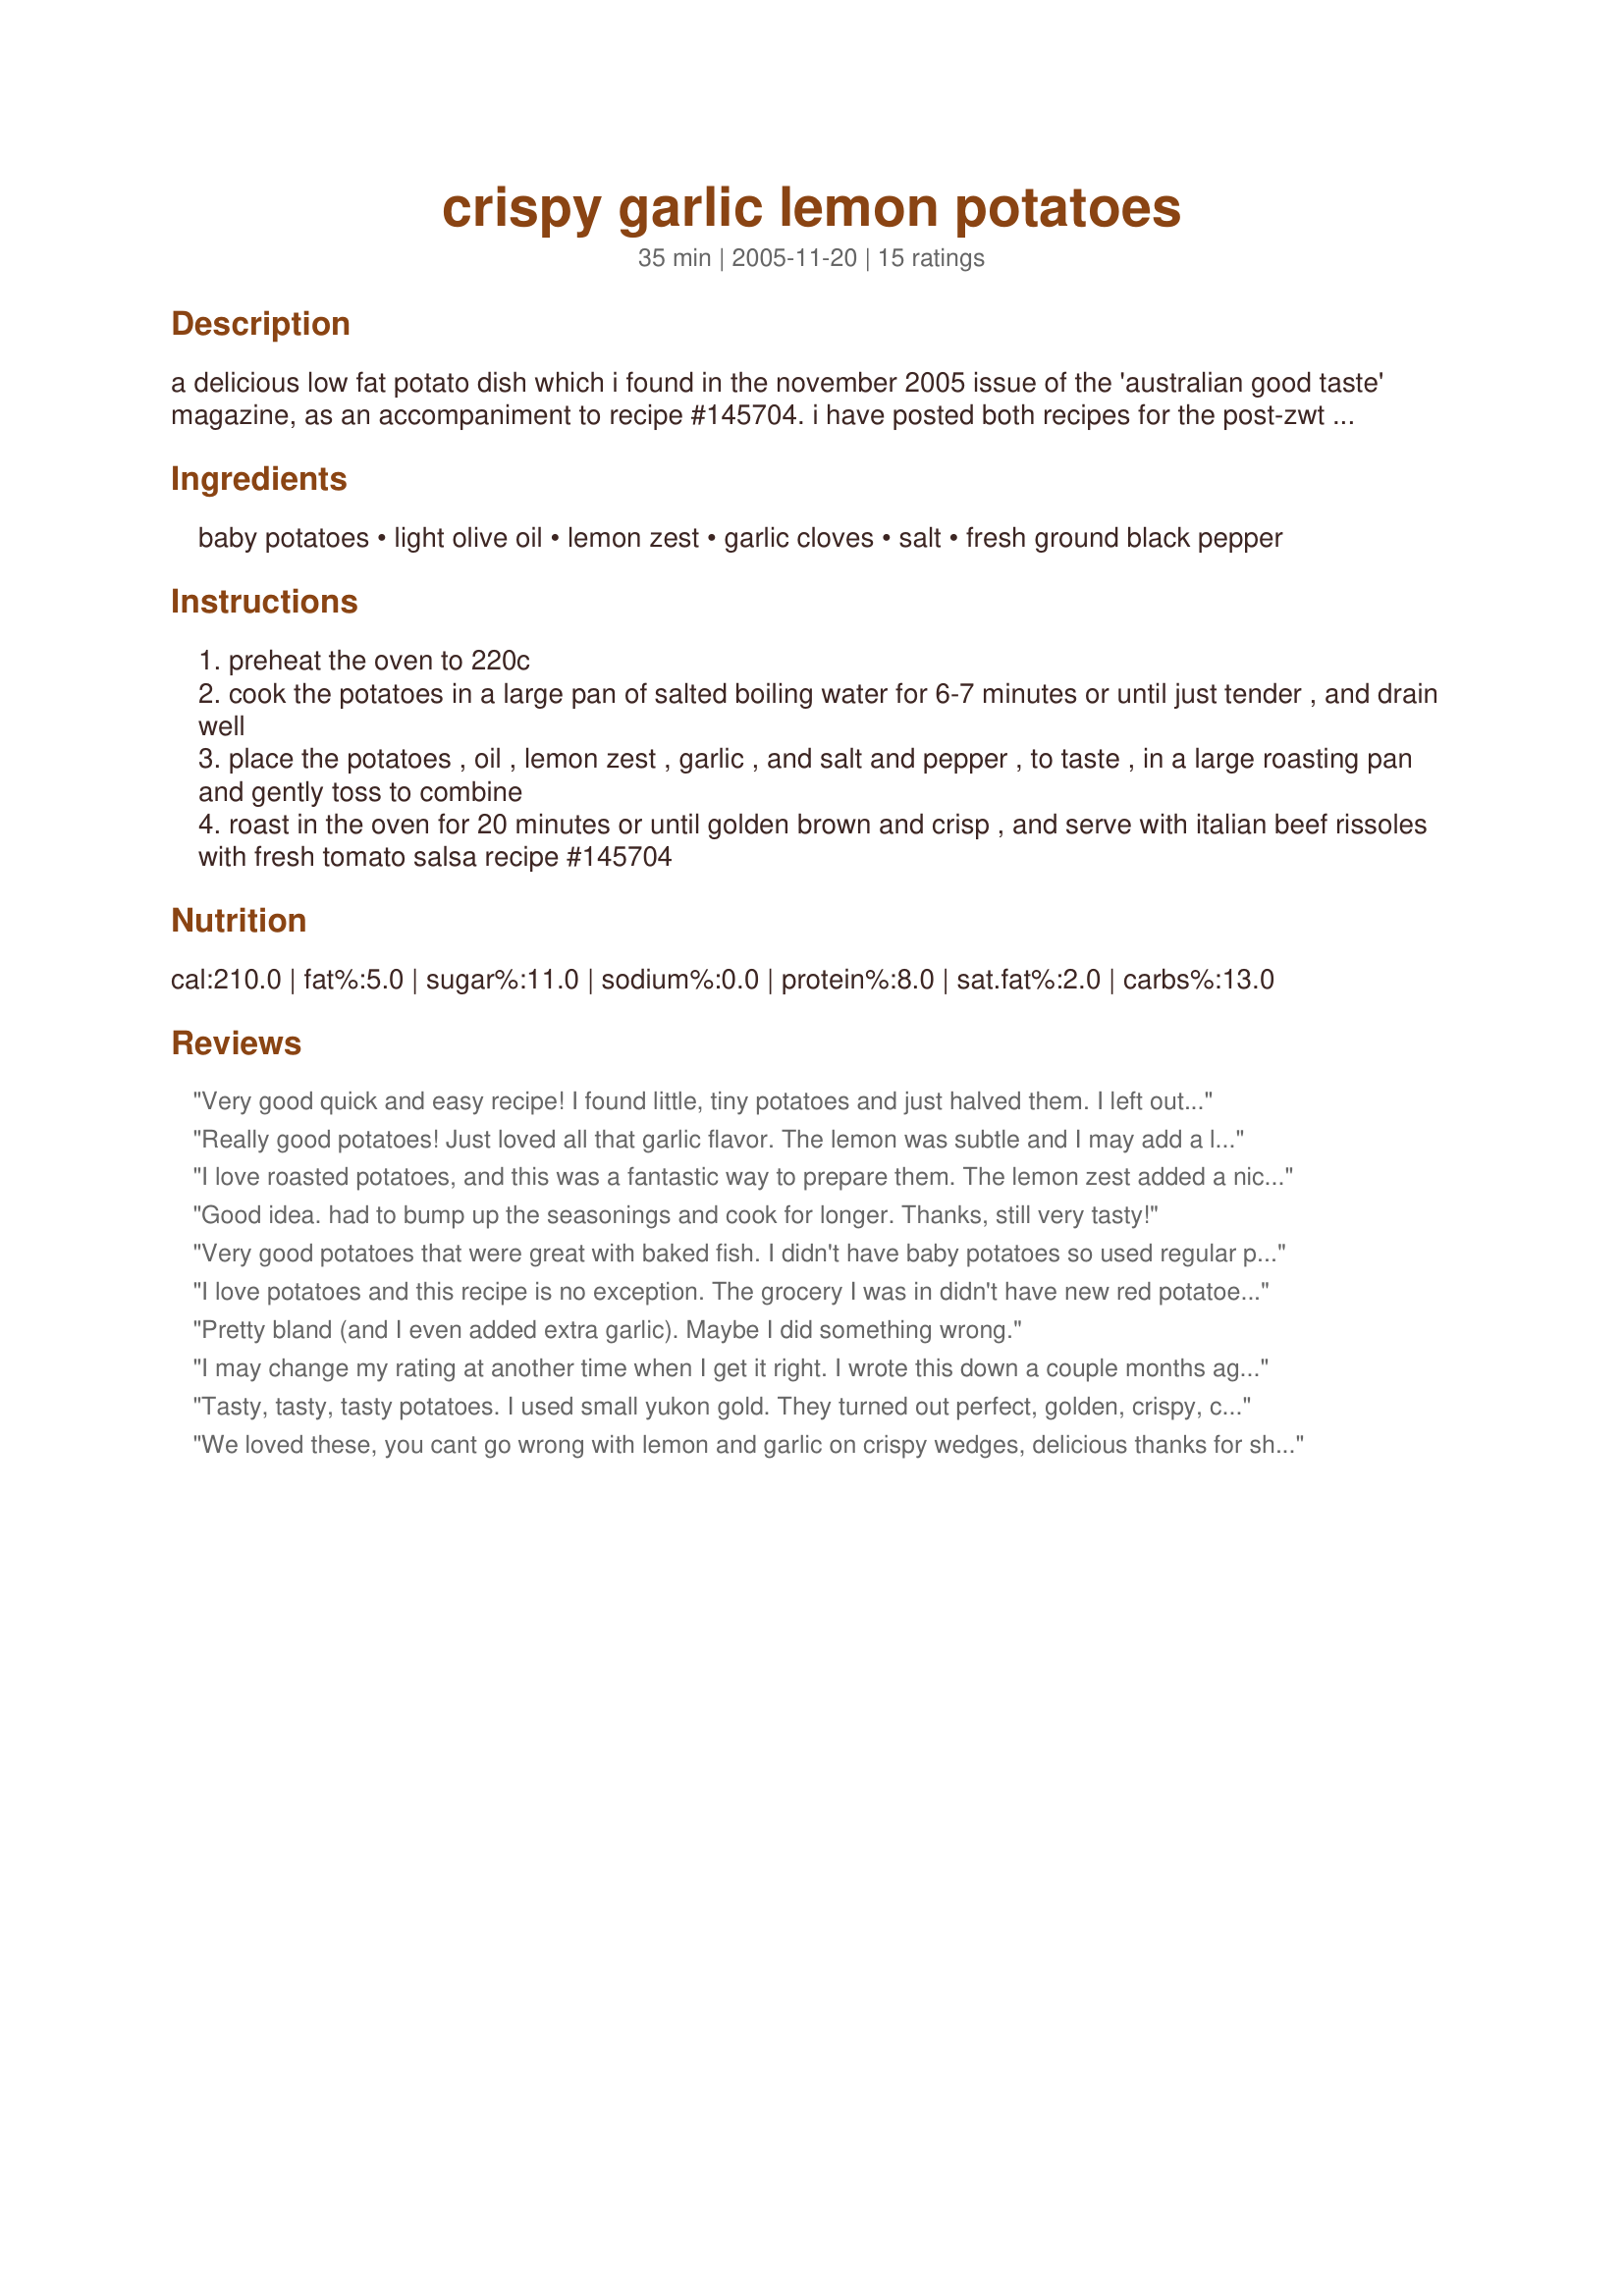
crispy garlic lemon potatoes
Preparation time: 35 minutes

a delicious low fat potato dish which i found in the november 2005 issue of the 'australian good taste' magazine, as an accompaniment to recipe #145704. i have posted both recipes for the post-zwt healthy for the holidays challenge.

Ingredients:
baby potatoes, light olive oil, lemon zest, garlic cloves, salt, fresh ground black pepper

Steps:
preheat the oven to 220c
cook the potatoes in a large pan of salted boiling water for 6-7 minutes or until just tender , and drain well
place the potatoes , oil , lemon zest , garlic , and salt and pepper , to taste , in a large roasting pan and gently toss to combine
roast in the oven for 20 minutes or until golden brown and crisp , and serve with italian beef rissoles with fresh tomato salsa recipe #145704

Reviews:
Very good quick and easy recipe! I found little, tiny potatoes and just halved them. I left out the salt and compensated with a good dose of fresh lemon juice and lots of freshly ground pepper. They turned out wonderful, we ate them with broiled fish and sauteed spinach. Thanks for posting this recipe Bluemoon :)
Really good potatoes! Just loved all that garlic flavor. The lemon was subtle and I may add a little of lemon juice as well next time just to boost that flavor a bit. Thanks for sharing this recipe!
I love roasted potatoes, and this was a fantastic way to prepare them. The lemon zest added a nice touch. Thanks for posting the recipe!
Good idea. had to bump up the seasonings and cook for longer. Thanks, still very tasty!
Very good potatoes that were great with baked fish. I didn't have baby potatoes so used regular potatoes cut into chunks which worked out very well and is a very nice change from boring baked potatoes. Thanks for sharing!
I love potatoes and this recipe is no exception. The grocery I was in didn't have new red potatoes so I got the smallest red potatoes they had. I also sprayed the potatoes with some olive oil so they'd be coated before baking. They were served with bbq'd spareribs and salad.
Pretty bland (and I even added extra garlic). Maybe I did something wrong.
I may change my rating at another time when I get it right. I wrote this down a couple months ago and it's been posted on my refrigerator ever since. Well, I finally got around to trying it, and it really didn't have much flavor. Now that I have come back to it, it seems my measurements must be off. We'll see how it goes next time.
Tasty, tasty, tasty potatoes. I used small yukon gold. They turned out perfect, golden, crispy, crunchy and tender. I loved the seasonings in this dish, the lemon really pops in a subtle way and compliments the garlic beautifully. I will be making this dish again often, thank you so much for sharing this lovely quick and easy to make recipe.
We loved these, you cant go wrong with lemon and garlic on crispy wedges, delicious thanks for sharing.
Great potatoes. Amazing flavor! Thanks for sharing this recipe! It is a keeper!
This is great. I cooked my potatoes in my steamer machine. And then cut them in a good size so they would get crisp faster. Another time I may add just a dash or two of fresh lemon juice, just to give it more flavor. Thanks Bluemoon. Made for Holiday tag.
Delicious roasted potatoes! I used a mix of baby potatoes from a local farmer's market, and left the smallest ones whole. They turned out crispy on the outside, tender on the inside, and we enjoyed the tasty blend of seasonings. Thanks for posting,
~Sue
Yum. I forgot to boil them first, just cranked the heat up to broil and they were still great.
Very nice potato dish. I especially liked the lemon zest in this. Mine turned out nice and crispy. Thanks
